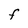
Character: F